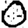
Digit: 0